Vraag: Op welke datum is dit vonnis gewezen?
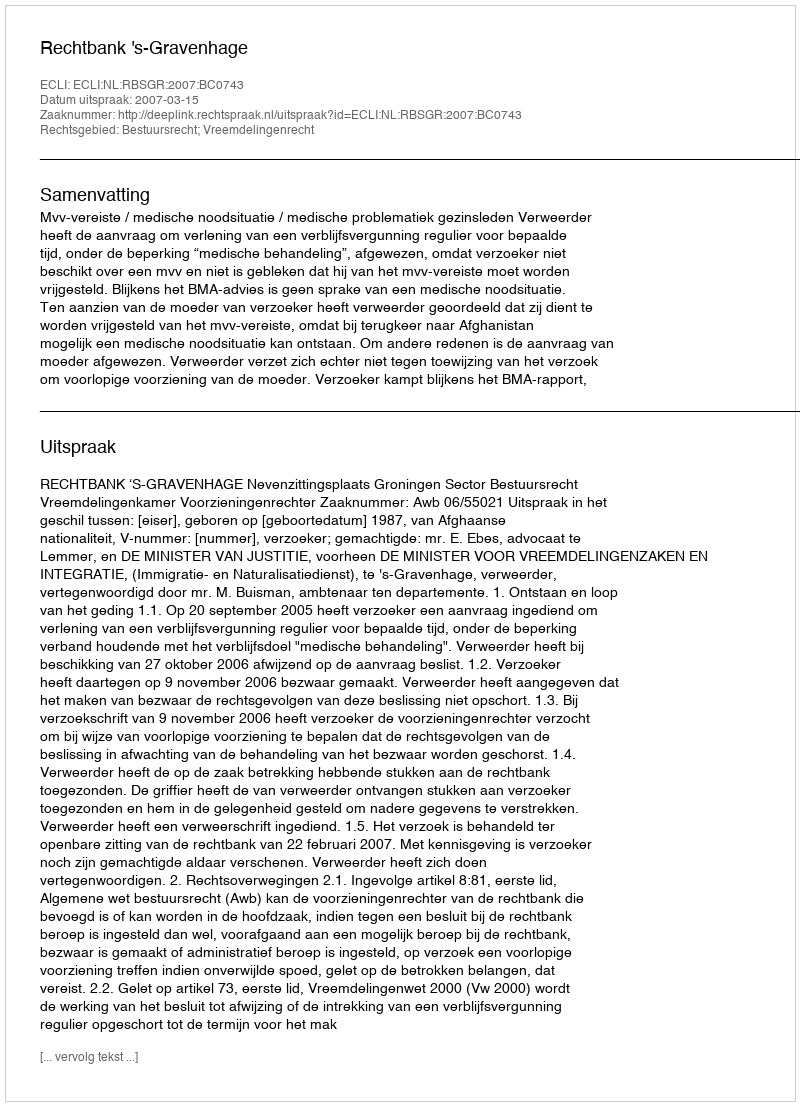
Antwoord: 2007-03-15